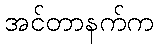
အင်တာနက်က